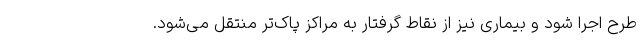
طرح اجرا شود و بیماری نیز از نقاط گرفتار به مراکز پاک‌تر منتقل می‌شود.